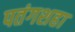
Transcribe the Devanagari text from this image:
पतंगशहा